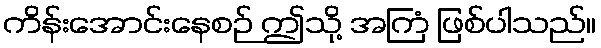
ကိန်းအောင်းနေစဉ် ဤသို့ အကြံ ဖြစ်ပါသည်။